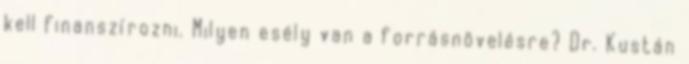
kell finanszírozni. Milyen esély van a forrásnövelésre? Dr. Kustán